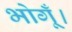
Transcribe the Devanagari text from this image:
भोगूँ।